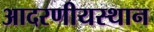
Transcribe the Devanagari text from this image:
आदरणीयस्थान